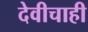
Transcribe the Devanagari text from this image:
देवीचाही